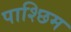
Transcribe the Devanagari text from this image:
पाश्छिम